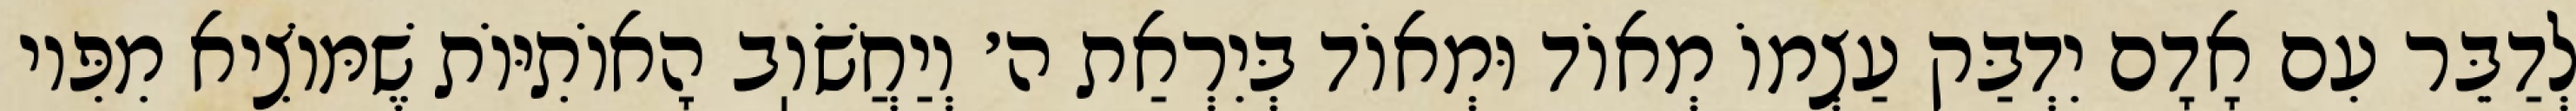
לְדַבֵּר עִם אָדָם יִדְבַּק עַצְמוֹ מְאוֹד וּמְאוֹד בְּיִרְאַת ה׳ וְיַחֲשֹׁוֽב הָאוֹתִיּוֹת שֶׁמּוֹצִיא מִפִּיו